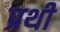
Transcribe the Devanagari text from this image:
प्रथी